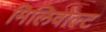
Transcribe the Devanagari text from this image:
मिलिवोल्ट